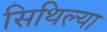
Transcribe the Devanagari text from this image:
सिथिल्या